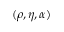
( \rho , \eta , \alpha )